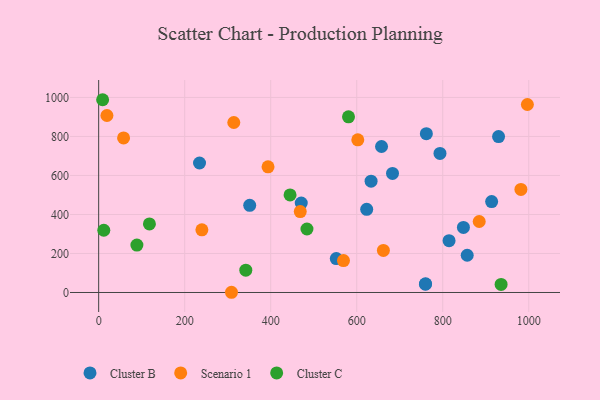
{"axis": {"x": "Distance", "y": "Yield"}, "legend": ["Cluster B", "Cluster C", "Scenario 1"], "data": [{"x": "351.2", "y": 446.6, "type": "Cluster B"}, {"x": "929.8", "y": 799.3, "type": "Cluster B"}, {"x": "814.7", "y": 265.7, "type": "Cluster B"}, {"x": "759.8", "y": 42.8, "type": "Cluster B"}, {"x": "683.2", "y": 610.5, "type": "Cluster B"}, {"x": "793.6", "y": 712.9, "type": "Cluster B"}, {"x": "633.4", "y": 570.6, "type": "Cluster B"}, {"x": "657.7", "y": 748.5, "type": "Cluster B"}, {"x": "913.7", "y": 466.3, "type": "Cluster B"}, {"x": "856.9", "y": 191.0, "type": "Cluster B"}, {"x": "761.9", "y": 814.0, "type": "Cluster B"}, {"x": "623.2", "y": 426.1, "type": "Cluster B"}, {"x": "234.5", "y": 663.8, "type": "Cluster B"}, {"x": "760.1", "y": 44.3, "type": "Cluster B"}, {"x": "848.1", "y": 333.8, "type": "Cluster B"}, {"x": "471.0", "y": 458.4, "type": "Cluster B"}, {"x": "552.5", "y": 174.1, "type": "Cluster B"}, {"x": "884.8", "y": 364.0, "type": "Scenario 1"}, {"x": "662.0", "y": 215.8, "type": "Scenario 1"}, {"x": "308.8", "y": 1.1, "type": "Scenario 1"}, {"x": "393.8", "y": 644.3, "type": "Scenario 1"}, {"x": "314.2", "y": 871.4, "type": "Scenario 1"}, {"x": "981.8", "y": 528.4, "type": "Scenario 1"}, {"x": "569.2", "y": 163.4, "type": "Scenario 1"}, {"x": "602.5", "y": 782.6, "type": "Scenario 1"}, {"x": "468.7", "y": 414.7, "type": "Scenario 1"}, {"x": "240.0", "y": 321.2, "type": "Scenario 1"}, {"x": "57.9", "y": 792.2, "type": "Scenario 1"}, {"x": "19.2", "y": 907.4, "type": "Scenario 1"}, {"x": "996.8", "y": 963.8, "type": "Scenario 1"}, {"x": "445.0", "y": 500.4, "type": "Cluster C"}, {"x": "118.0", "y": 351.6, "type": "Cluster C"}, {"x": "580.9", "y": 900.6, "type": "Cluster C"}, {"x": "9.2", "y": 988.2, "type": "Cluster C"}, {"x": "935.7", "y": 41.4, "type": "Cluster C"}, {"x": "484.3", "y": 325.4, "type": "Cluster C"}, {"x": "88.9", "y": 243.2, "type": "Cluster C"}, {"x": "11.9", "y": 319.1, "type": "Cluster C"}, {"x": "342.1", "y": 114.4, "type": "Cluster C"}]}